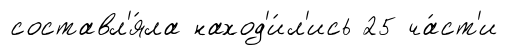
составл'я́ла наход'и́л'ись 25 ча́ст'и